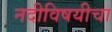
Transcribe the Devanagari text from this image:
नदीविषयीचा